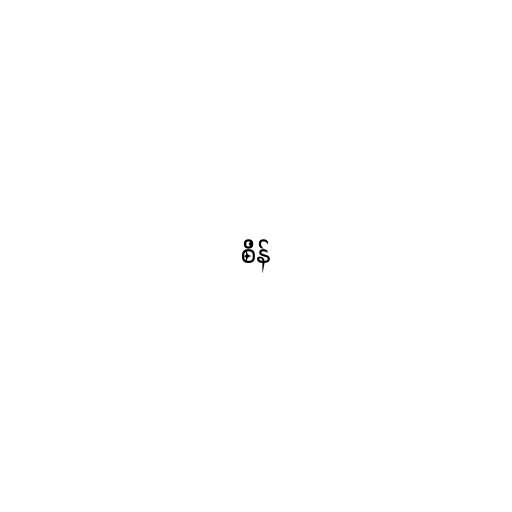
စိန်